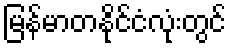
မြန်မာတနိုင်ငံလုံးတွင်